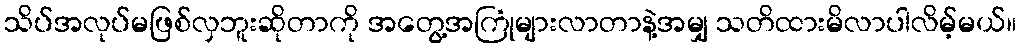
သိပ်အလုပ်မဖြစ်လှဘူးဆိုတာကို အတွေ့အကြုံများလာတာနဲ့အမျှ သတိထားမိလာပါလိမ့်မယ်။